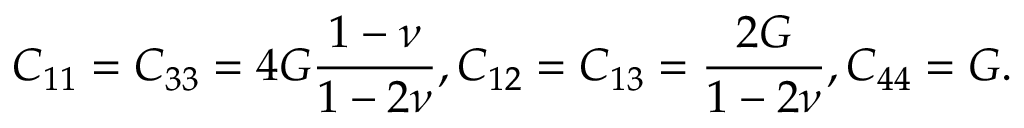
C _ { 1 1 } = C _ { 3 3 } = 4 G \frac { 1 - \nu } { 1 - 2 \nu } , C _ { 1 2 } = C _ { 1 3 } = \frac { 2 G } { 1 - 2 \nu } , C _ { 4 4 } = G .